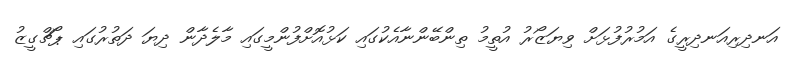
އަނދިރިއަނދިރީގެ އަމުރުފުޅަަށް ވިޔަޒޯރު އުތީމު ތިންބޭންނާއެކުގައި ކަޅުއޮށްފުންމީގައި މާލެދާން ދިޔަ ދަތުރުގައި ޕޯޗްގީޒު